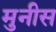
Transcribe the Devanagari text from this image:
मुनीस